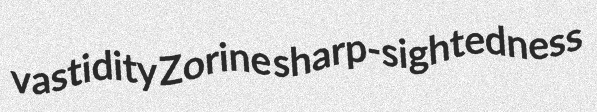
vastidity Zorine sharp-sightedness